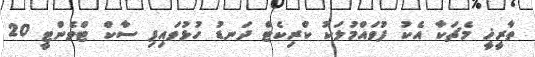
ތާރީޚީ މެޗަކާ އެކު ފުވައްމުލަކު ކްރިކެޓް ދަނޑު ހުޅުވައިފި ސާކް ޓްވެންޓީ 20